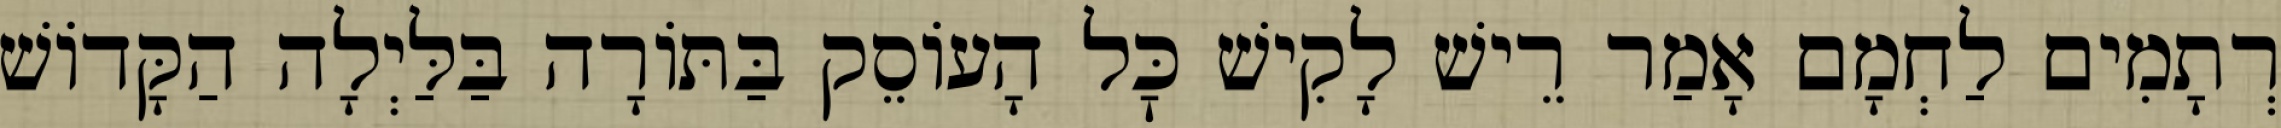
רְתָמִים לַחְמָם אָמַר רֵישׁ לָקִישׁ כׇּל הָעוֹסֵק בַּתּוֹרָה בַּלַּיְלָה הַקָּדוֹשׁ